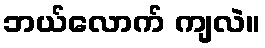
ဘယ်လောက် ကျလဲ။